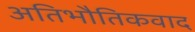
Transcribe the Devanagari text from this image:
अतिभौतिकवाद